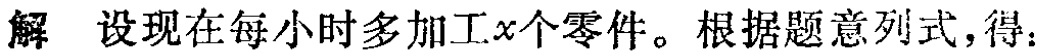
解 设现在每小时多加工\(x\)个零件。根据题意列式，得：